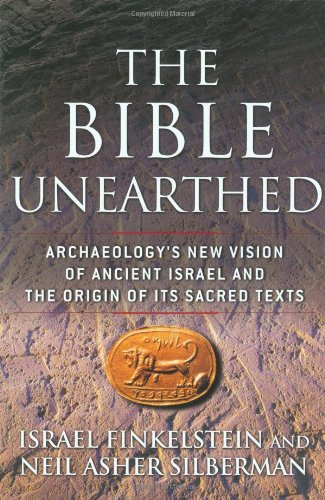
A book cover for The Bible Unearthed: Archaeology's New Vision of Ancient Israel and the Origin of Its Sacred Texts; Neil Asher Silberman; Science & Math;